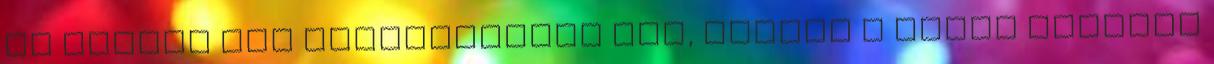
ha valami nem párhuzamosan áll, aminek a mánia szerint